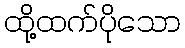
ထို့ထက်ပိုသော